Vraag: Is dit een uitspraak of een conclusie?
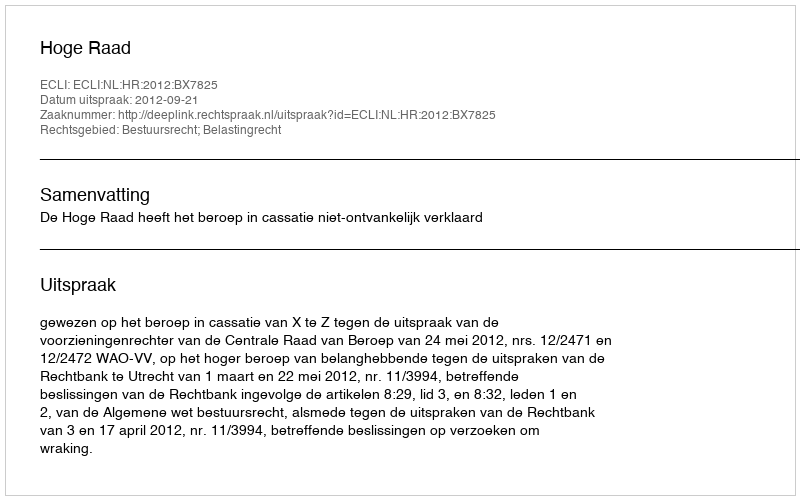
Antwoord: Uitspraak